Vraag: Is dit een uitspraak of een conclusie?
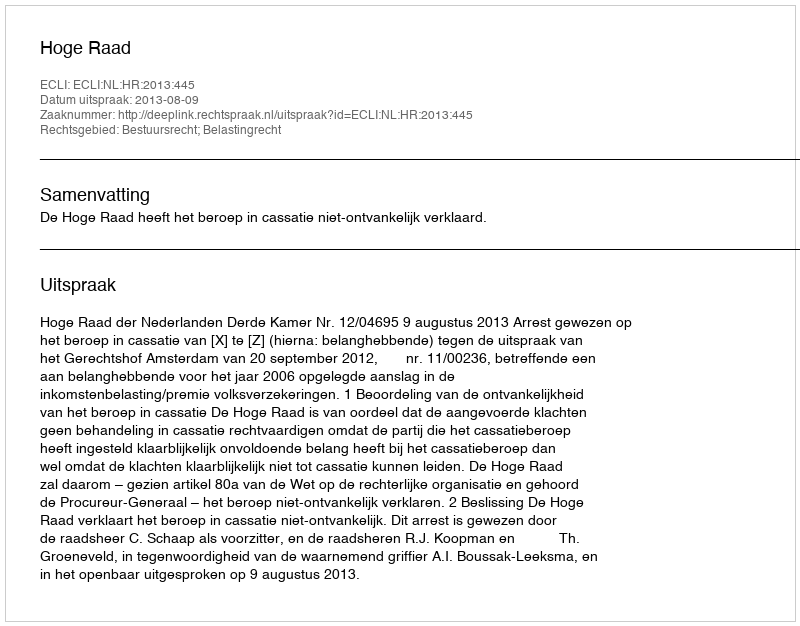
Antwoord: Uitspraak